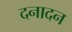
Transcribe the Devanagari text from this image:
दनादन